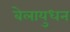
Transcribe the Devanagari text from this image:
बेलायुधन